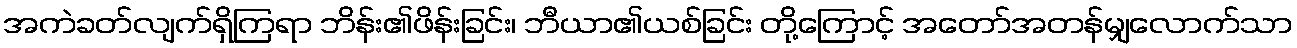
အကဲခတ်လျက်ရှိကြရာ ဘိန်း၏ဖိန်းခြင်း၊ ဘီယာ၏ယစ်ခြင်း တို့ကြောင့် အတော်အတန်မျှလောက်သာ